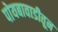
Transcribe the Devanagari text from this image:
पोयबावाडीतून